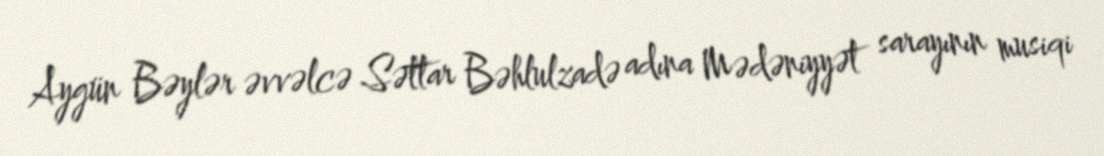
Aygün Bəylər əvvəlcə Səttar Bəhlulzadə adına Mədəniyyət sarayının musiqi